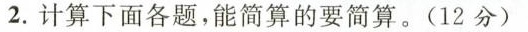
2.计算下面各题，能简算的要简算。(12分)